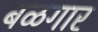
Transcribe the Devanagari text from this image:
बळगार